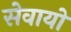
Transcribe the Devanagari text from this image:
सेवायो